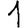
Digit: 1